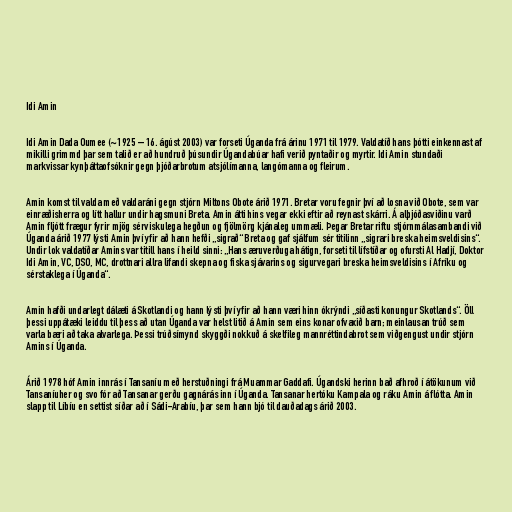
Idi Amin

Idi Amin Dada Oumee (~1925 – 16. ágúst 2003) var forseti Úganda frá árinu 1971 til 1979. Valdatíð hans þótti einkennast af
mikilli grimmd þar sem talið er að hundruð þúsundir Úgandabúar hafi verið pyntaðir og myrtir. Idi Amin stundaði
markvissar kynþáttaofsóknir gegn þjóðarbrotum atsjólímanna, langómanna og fleirum.

Amin komst til valda með valdaráni gegn stjórn Miltons Obote árið 1971. Bretar voru fegnir því að losna við Obote, sem var
einræðisherra og lítt hallur undir hagsmuni Breta. Amin átti hins vegar ekki eftir að reynast skárri. Á alþjóðasviðinu varð
Amin fljótt frægur fyrir mjög sérviskulega hegðun og fjölmörg kjánaleg ummæli. Þegar Bretar riftu stjórnmálasambandi við
Úganda árið 1977 lýsti Amin því yfir að hann hefði „sigrað“ Breta og gaf sjálfum sér titilinn „sigrari breska heimsveldisins“.
Undir lok valdatíðar Amins var titill hans í heild sinni: „Hans æruverðuga hátign, forseti til lífstíðar og ofursti Al Hadjí, Doktor
Idi Amin, VC, DSO, MC, drottnari allra lifandi skepna og fiska sjávarins og sigurvegari breska heimsveldisins í Afríku og
sérstaklega í Úganda“.

Amin hafði undarlegt dálæti á Skotlandi og hann lýsti því yfir að hann væri hinn ókrýndi „síðasti konungur Skotlands“. Öll
þessi uppátæki leiddu til þess að utan Úganda var helst litið á Amin sem eins konar ofvaxið barn; meinlausan trúð sem
varla bæri að taka alvarlega. Þessi trúðsímynd skyggði nokkuð á skelfileg mannréttindabrot sem viðgengust undir stjórn
Amins í Úganda.

Árið 1978 hóf Amin innrás í Tansaníu með herstuðningi frá Muammar Gaddafi. Úgandski herinn bað afhroð í átökunum við
Tansaníuher og svo fór að Tansanar gerðu gagnárás inn í Úganda. Tansanar hertóku Kampala og ráku Amin á flótta. Amin
slapp til Líbíu en settist síðar að í Sádi-Arabíu, þar sem hann bjó til dauðadags árið 2003.